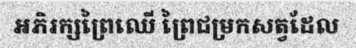
អភិរក្សព្រៃឈើ ព្រៃជម្រកសត្វដែល